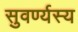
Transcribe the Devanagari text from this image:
सुवर्ण्यस्य